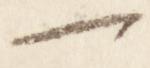
一